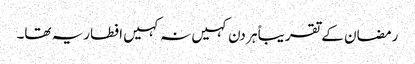
رمضان کے تقریباً ہر دن کہیں نہ کہیں افطاریہ تھا۔